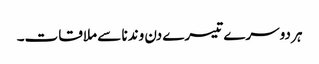
ہر دوسرے تیسرے دن وندنا سے ملاقات۔